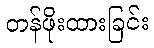
တန်ဖိုးထားခြင်း